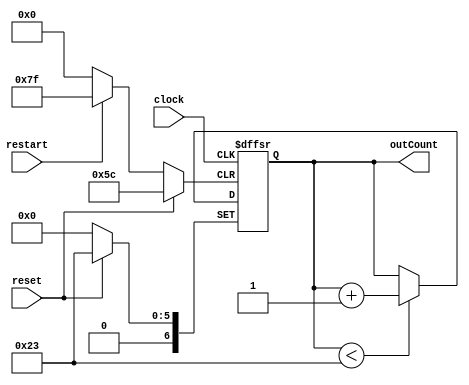
module stallCounter(clock, reset, restart, outCount);
	input clock, reset, restart;
	output reg [0:6] outCount = 35;

	always @(posedge clock or posedge reset or posedge restart) begin
		if (reset) begin 
			outCount <= 35;
		end
		else if (restart) begin 
			outCount <= 0;
		end
		else begin
			if (outCount < 35) begin
				outCount <= outCount + 1;
			end
		end
	end

endmodule